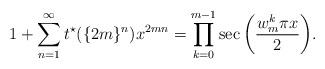
LaTeX: \begin{align*}1+\sum_{n=1}^{\infty}t^{\star}(\{2m\}^n)x^{2mn}=\prod_{k=0}^{m-1}\sec{\left(\frac{w_m^k \pi x}{2}\right)}.\end{align*}